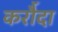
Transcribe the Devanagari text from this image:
करौँदा